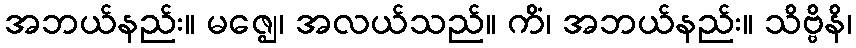
အဘယ်နည်း။ မဇ္ဈေ၊ အလယ်သည်။ ကိံ၊ အဘယ်နည်း။ သိဗ္ဗိနိ၊